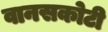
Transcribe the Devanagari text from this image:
वानसकोटी